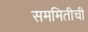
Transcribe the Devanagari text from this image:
सममितीची